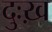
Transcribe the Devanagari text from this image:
दुःख़